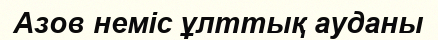
Азов неміс ұлттық ауданы